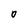
Character: O